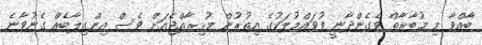
ބާއްވާ މި މުބާރާތް ވެގެންދާނީ ފުވައްމުލަކުގެ އިތުރުން މުޅިރާއްޖެއަށް ވެސް އިންގިލާބެއް ގެނުވާނެ